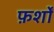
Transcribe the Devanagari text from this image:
फ़र्शों